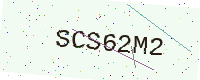
Text: SCS62M2